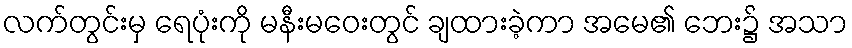
လက်တွင်းမှ ရေပုံးကို မနီးမဝေးတွင် ချထားခဲ့ကာ အမေ၏ ဘေး၌ အသာ